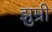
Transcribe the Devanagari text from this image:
झुम्री